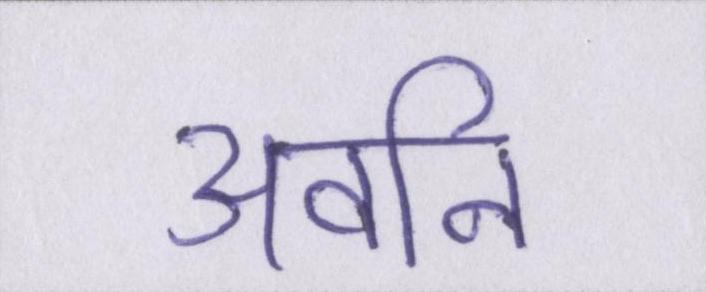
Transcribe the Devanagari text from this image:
अवनि